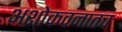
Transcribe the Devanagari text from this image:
अशोकवनातच